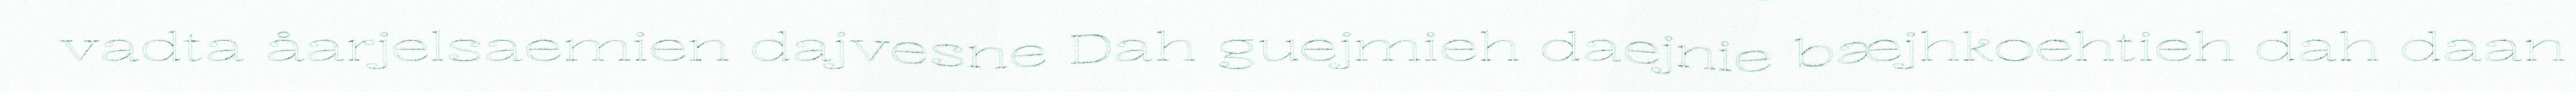
vadta åarjelsaemien dajvesne Dah guejmieh daejnie bæjhkoehtieh dah daan